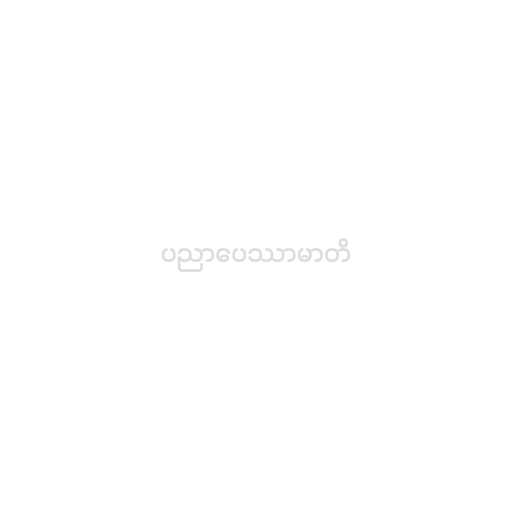
ပညာပေဿာမာတိ